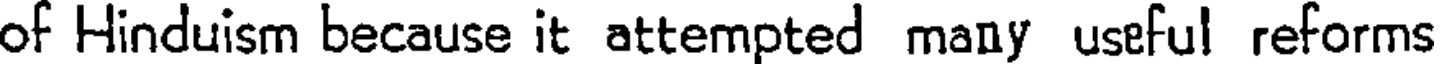
of Hinduism because it attempted many useful reforms